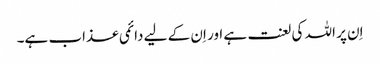
اِن پر اللہ کی لعنت ہے اور اِن کے لیے دائمی عذاب ہے۔